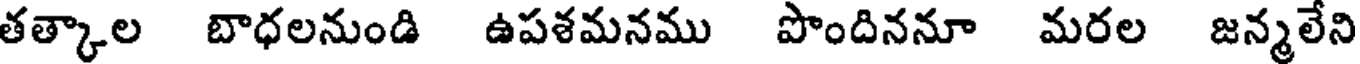
తత్కాల బాధలనుండి ఉపశమనము పొందిననూ మరల జన్మలేని